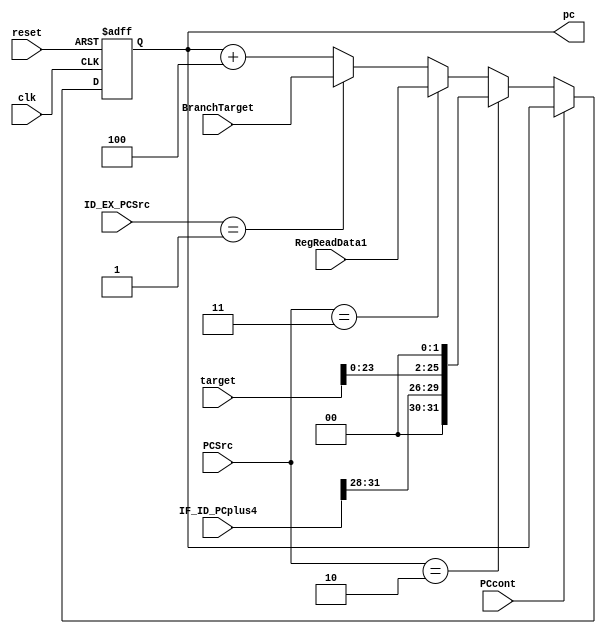
`timescale 1ns / 1ps
module PC(
    input wire reset,
    input wire clk,
    input wire [1:0] PCSrc,
    input wire [1:0] ID_EX_PCSrc,
    input wire PCcont,
    input wire [31:0] IF_ID_PCplus4,
    input wire [31:0] BranchTarget,
    input wire [25:0] target,
    input wire [31:0] RegReadData1,
    output reg [31:0] pc
);
    initial begin
        pc <= 32'h00400000;
    end

    always @(posedge clk or posedge reset) begin
        if (reset) begin
            // reset
            pc <= 32'h00400000;
        end
        else if(!PCcont) begin
            // doesn't need to keep
            if(PCSrc == 2'b10) begin
                // j or jal
                pc <= {IF_ID_PCplus4[31:28], target << 2};
            end
            else if(PCSrc == 2'b11) begin
                // jr or jalr
                pc <= RegReadData1;
            end
            else if(ID_EX_PCSrc == 2'b01) begin
                // branch
                pc <= BranchTarget;
            end
            else begin
                pc <= pc + 4;
            end  
        end
        else begin
            // keep
        end
    end

endmodule